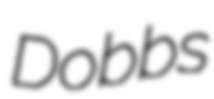
Dobbs